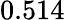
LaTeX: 0.514